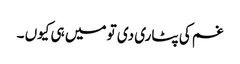
غم کی پٹاری دی تو میں ہی کیوں ۔